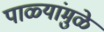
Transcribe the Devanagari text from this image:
पाळ्यांमुळे